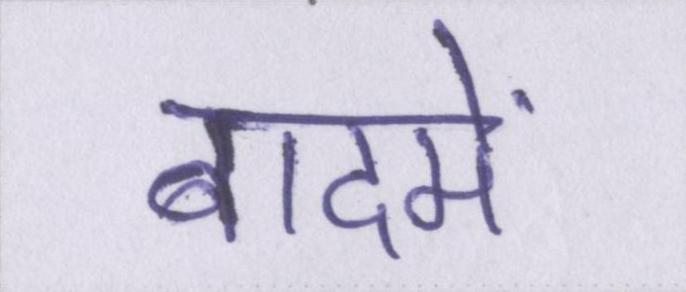
बादमें